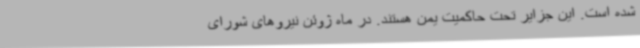
شده است. این جزایر تحت حاکمیت یمن هستند. در ماه ژوئن نیروهای شورای